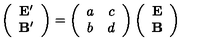
\left( \begin{array} { c } { { \mathbf { E } ^ { \prime } } } \\ { \mathbf { B } ^ { \prime } } \\ \end{array} \right) = \left( \begin{array} { c c } { a } & { c } \\ { b } & { d } \\ \end{array} \right) \left( \begin{array} { c } { \mathbf { E } } \\ { \mathbf { B } } \\ \end{array} \right)